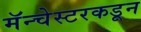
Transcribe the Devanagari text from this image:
मॅन्चेस्टरकडून